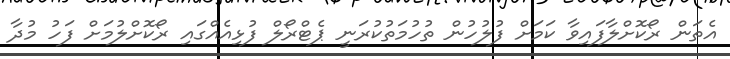
އެތަން ރޯކޮށްލާފައިވާ ކަމަށް ފުލުހުން ތުހުމަތުކުރަނީ ޕެޓްރޯލް ފުޅިއެއްގައި ރޯކޮށްލުމަށް ފަހު މުދާ